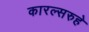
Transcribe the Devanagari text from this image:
कारल्सरुहे